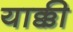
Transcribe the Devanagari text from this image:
याक्की